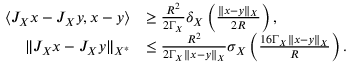
\begin{array} { r l } { \langle J _ { X } x - J _ { X } y , x - y \rangle } & { \geq \frac { R ^ { 2 } } { 2 \Gamma _ { X } } \delta _ { X } \left( \frac { \| x - y \| _ { X } } { 2 R } \right) , } \\ { \| J _ { X } x - J _ { X } y \| _ { X ^ { * } } } & { \leq \frac { R ^ { 2 } } { 2 \Gamma _ { X } \| x - y \| _ { X } } \sigma _ { X } \left( \frac { 1 6 \Gamma _ { X } \| x - y \| _ { X } } { R } \right) . } \end{array}